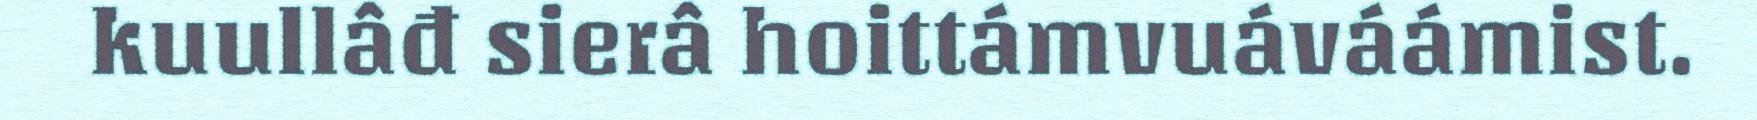
kuullâđ sierâ hoittámvuáváámist.